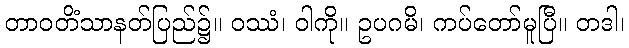
တာဝတိံသာနတ်ပြည်၌။ ဝဿံ၊ ဝါကို။ ဥပဂမိ၊ ကပ်တော်မူပြီ။ တဒါ၊